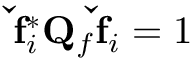
\mathbf { \check { f } } _ { i } ^ { * } \mathbf { Q } _ { f } \mathbf { \check { f } } _ { i } = 1